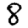
Digit: 8